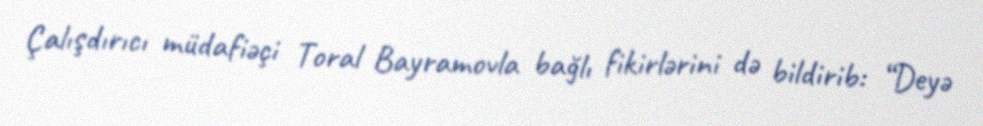
Çalışdırıcı müdafiəçi Toral Bayramovla bağlı fikirlərini də bildirib: “Deyə